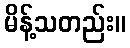
မိန့်သတည်း။